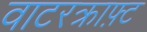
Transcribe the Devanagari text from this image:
वाटरक्राफ़्ट